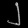
Digit: ၂